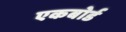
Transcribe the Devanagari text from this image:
एकबोर्ड